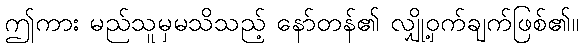
ဤကား မည်သူမှမသိသည့် နော်တန်၏ လျှို့ဝှက်ချက်ဖြစ်၏။